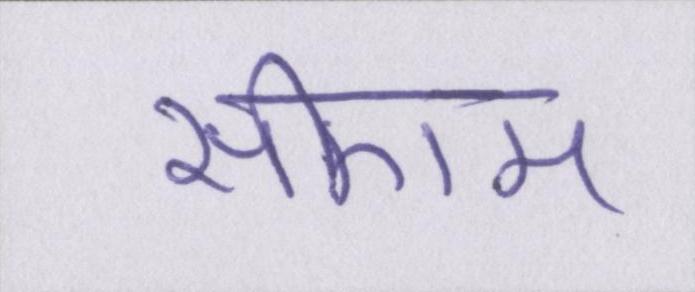
सीएम